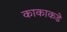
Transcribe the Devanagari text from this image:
काकाकडे